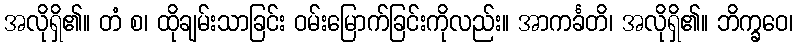
အလိုရှိ၏။ တံ စ၊ ထိုချမ်းသာခြင်း ဝမ်းမြောက်ခြင်းကိုလည်း။ အာကင်္ခတိ၊ အလိုရှိ၏။ ဘိက္ခဝေ၊